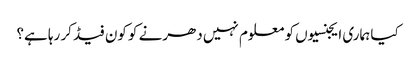
کیا ہماری ایجنسیوں کو معلوم نہیں دھرنے کو کون فیڈ کر رہا ہے؟